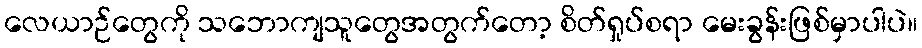
လေယာဉ်တွေကို သဘောကျသူတွေအတွက်တော့ စိတ်ရှုပ်စရာ မေးခွန်းဖြစ်မှာပါပဲ။